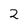
Character: 2